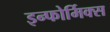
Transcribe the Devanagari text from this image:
इन्फोर्मिक्स